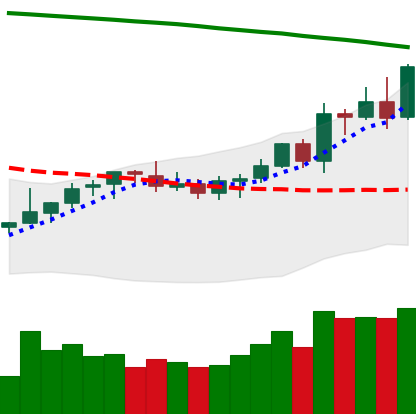
Ticker: LTC-USD
Chart end date: 2021-08-13
Forward return: -8.669%
Label: down_7plus